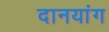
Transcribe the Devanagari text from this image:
दानयांग